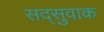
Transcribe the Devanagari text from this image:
सद्सुवाक